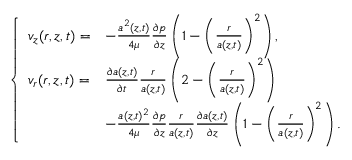
\left\{ \begin{array} { l l } { \displaystyle v _ { z } ( r , z , t ) = } & { - \frac { a ^ { 2 } ( z , t ) } { 4 \mu } \frac { \partial p } { \partial z } \left( 1 - \left( \frac { r } { a ( z , t ) } \right) ^ { 2 } \right) , } \\ { \displaystyle v _ { r } ( r , z , t ) = } & { \frac { \partial a ( z , t ) } { \partial t } \frac { r } { a ( z , t ) } \left( 2 - \left( \frac { r } { a ( z , t ) } \right) ^ { 2 } \right) } \\ & { - \frac { a ( z , t ) ^ { 2 } } { 4 \mu } \frac { \partial p } { \partial z } \frac { r } { a ( z , t ) } \frac { \partial a ( z , t ) } { \partial z } \left( 1 - \left( \frac { r } { a ( z , t ) } \right) ^ { 2 } \right) . } \end{array} \right.